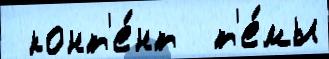
 конт'е́нт  т'е́мы